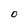
Character: O